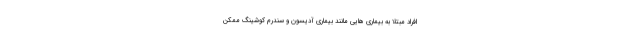
افراد مبتلا به بیماری هایی مانند بیماری آدیسون و سندرم کوشینگ ممکن